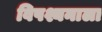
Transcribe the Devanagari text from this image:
विपश्यनाला